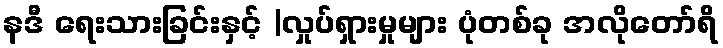
နဒီ ရေးသားခြင်းနှင့် |လှုပ်ရှားမှုများ ပုံတစ်ခု အလိုတော်ရိ